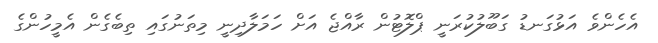
އެހެންވެ އަޅުގަނޑު ގަބޫލުކުރަނީ ޕްލޮޓުން ރާއްޖެ އަށް ހަމަލާދިނީ މިތަނުގައި ތިބެގެން އެމީހުންގެ